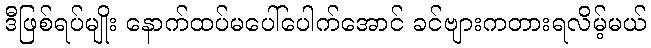
ဒီဖြစ်ရပ်မျိုး နောက်ထပ်မပေါ်ပေါက်အောင် ခင်ဗျားကတားရလိမ့်မယ်